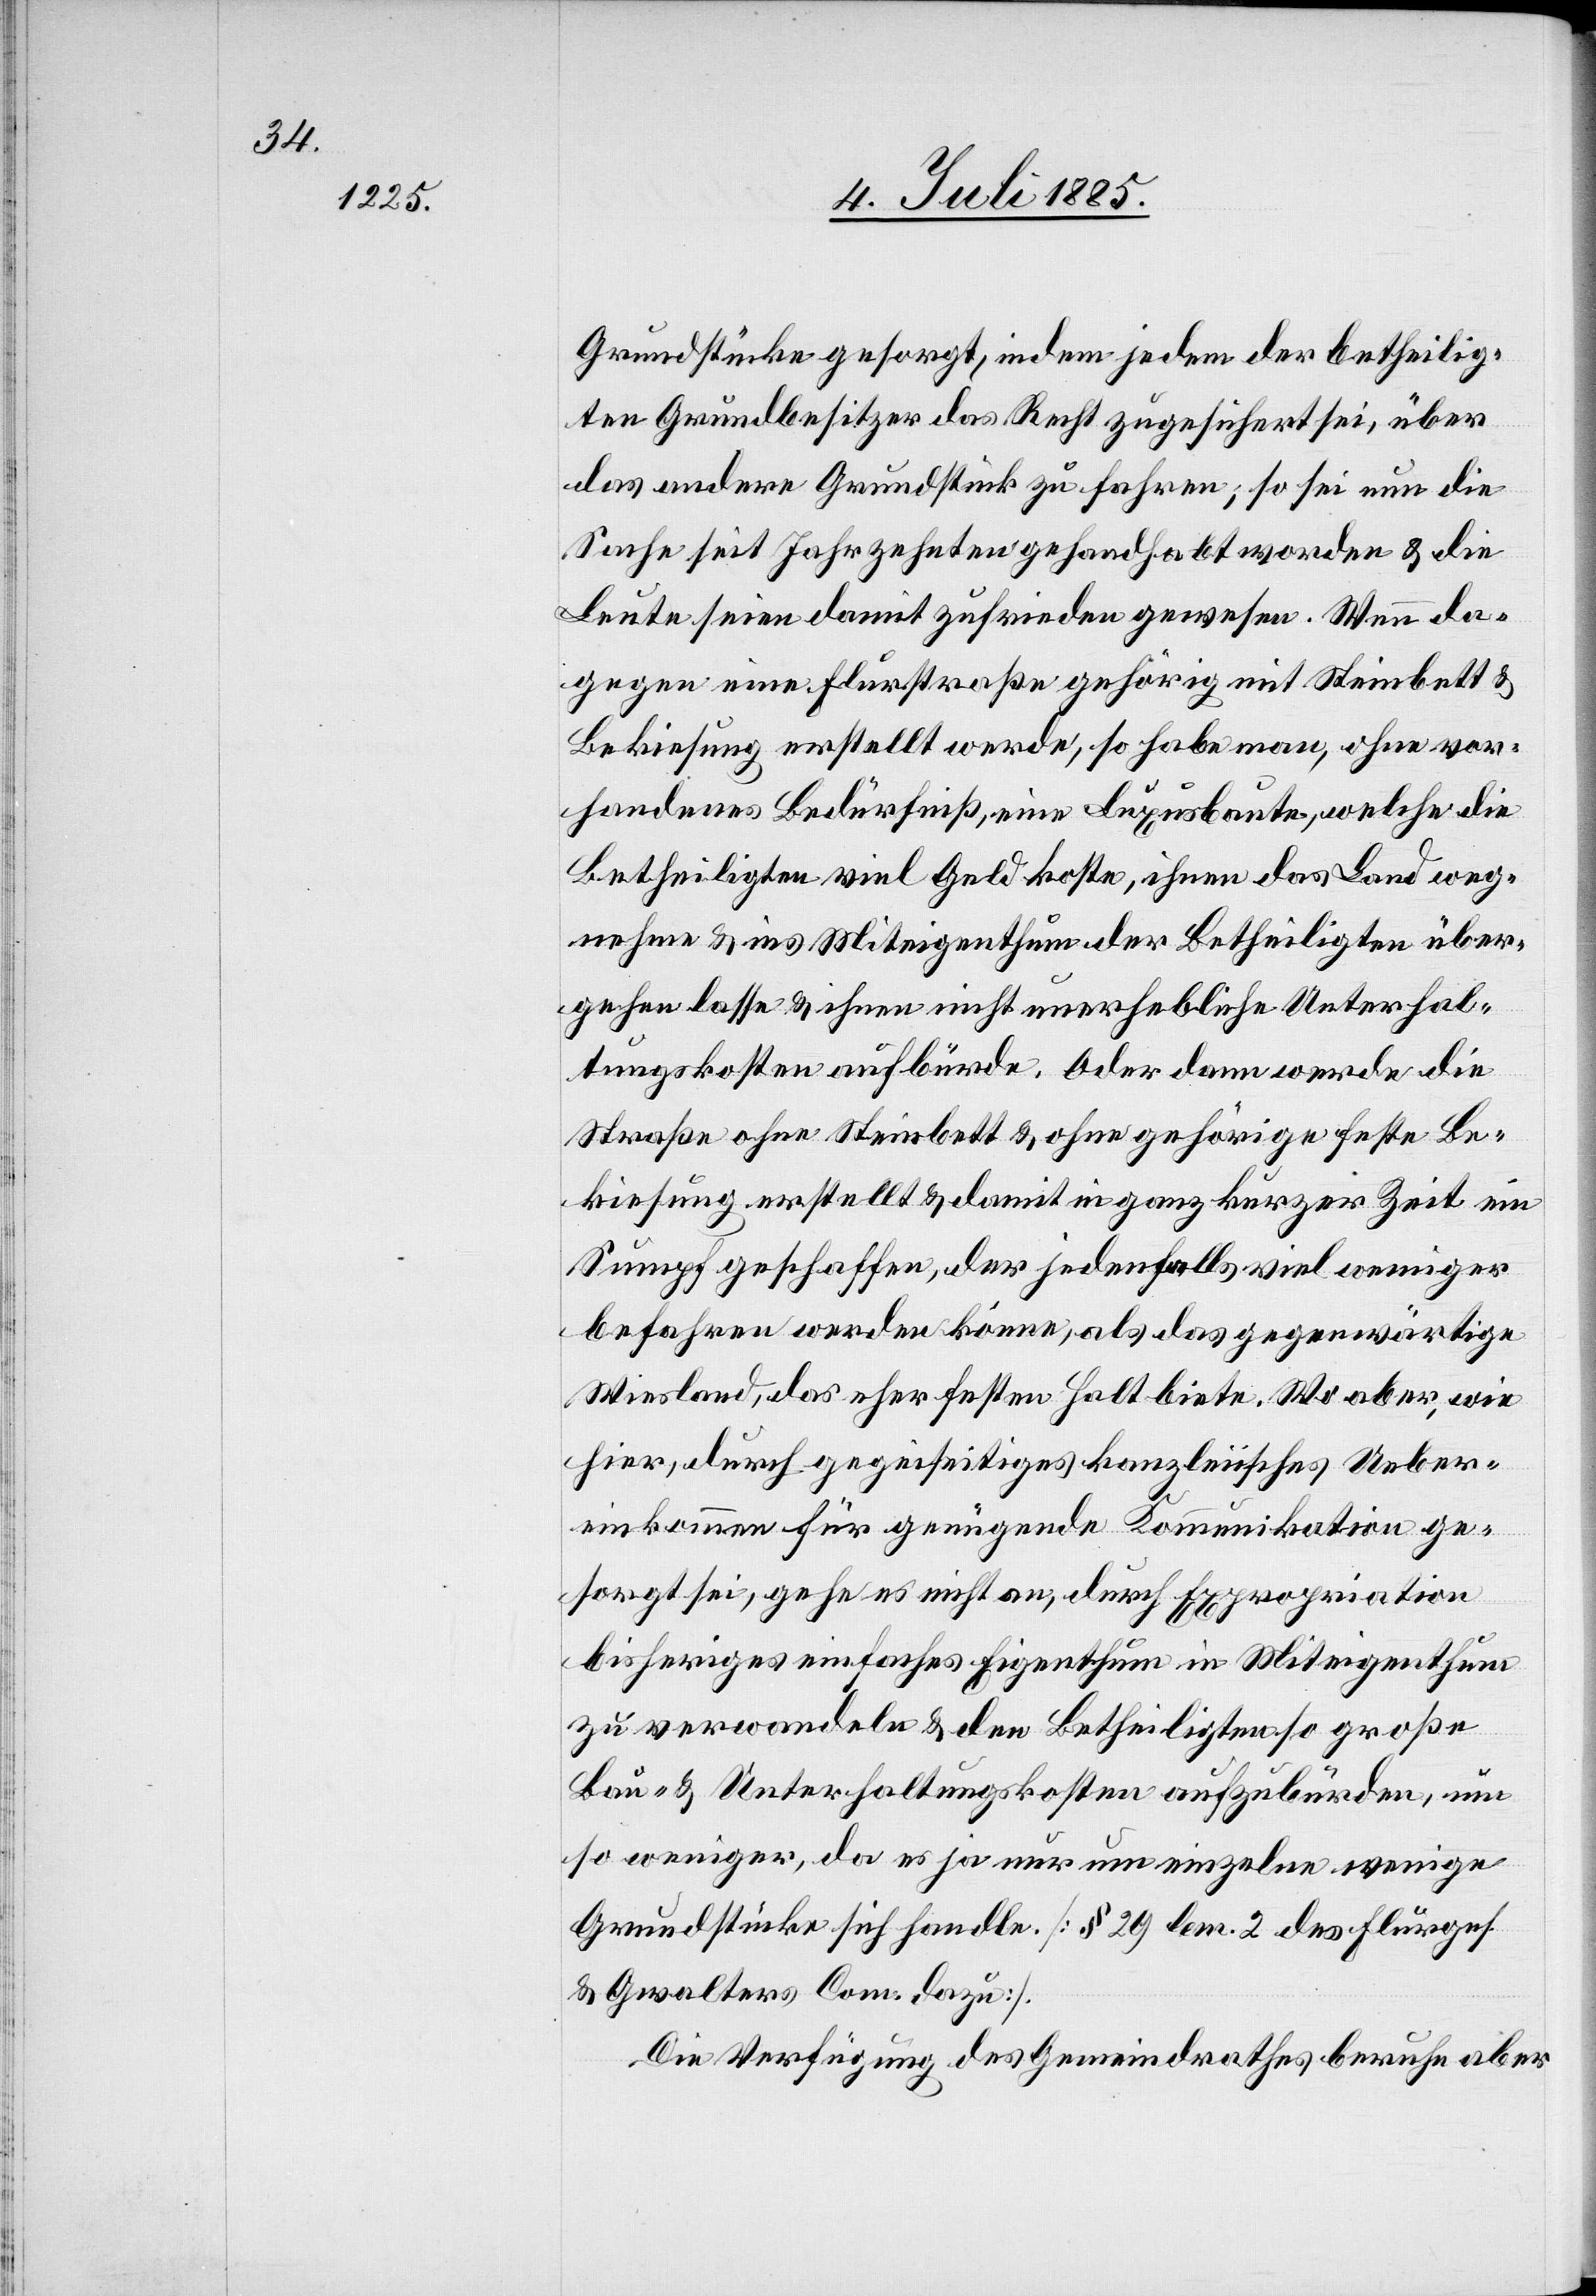
Grundstücke gesorgt, indem jedem der betheilig¬
ten Grundbesitzer das Recht zugesichert sei, über
das andere Grundstück zu fahren; so sei nun die
Sache seit Jahrzehnten gehandhabt worden & die
Leute seien damit zufrieden gewesen. Wenn da¬
gegen eine Flurstraße gehörig mit Steinbett &
Bekiesung erstellt werde, so habe man, ohne vor¬
handenes Bedürfniß, eine Luxusbaute, welche die
Betheiligten viel Geld koste, ihnen das Land weg¬
nehme & ins Miteigenthum der Betheiligten über¬
gehen lasse & ihnen nicht unerhebliche Unterhal¬
tungskosten aufbürde. Oder dann werde die
Straße ohne Steinbett & ohne gehörige feste Be¬
kiesung erstellt & damit in ganz kurzer Zeit ein
Sumpf geschaffen, der jedenfalls viel weniger
befahren werden könne, als das gegenwärtige
Wiesland, das eher festen Halt biete. Wo aber, wie
hier, durch gegenseitiges kanzleiisches Ueber¬
einkommen für genügende Kommunikation ge¬
sorgt sei, gehe es nicht an, durch Expropriation
bisheriges einfaches Eigenthum in Miteigenthum
zu verwandeln & den Betheiligten so große
Bau- & Unterhaltungskosten aufzubürden, um
so weniger, da es ja nur um einzelne wenige
Grundstücke sich handle. [§ 29 lem. 2 des Flurges.
& Gwalters Com. dazu].
Die Verfügung des Gemeindrathes beruhe aber